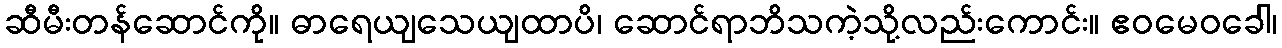
ဆီမီးတန်ဆောင်ကို။ ဓာရေယျသေယျထာပိ၊ ဆောင်ရာဘိသကဲ့သို့လည်းကောင်း။ ဧဝမေဝခေါ၊